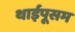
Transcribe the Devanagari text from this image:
थाईपूसम